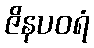
ဇိနပဝရံ